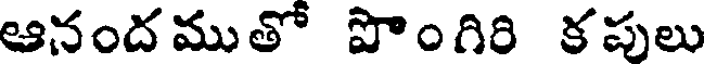
ఆనందముతో పొంగిరి కపులు